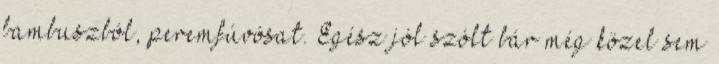
bambuszból, peremfúvósat. Egész jól szólt bár még közel sem